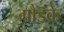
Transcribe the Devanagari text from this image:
गौडके